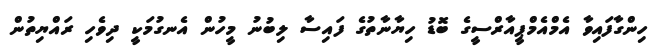
ހިންގާފައިވާ އެމްއެމްޕީއާރްސީގެ ބޮޑު ހިޔާނާތުގެ ފައިސާ ލިބުނު މީހުން އެނގުމަކީ ދިވެހި ރައްޔިތުން